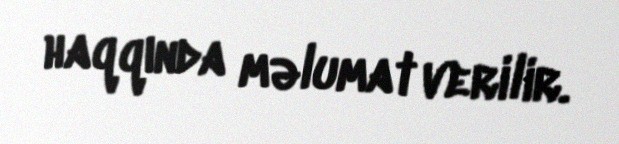
haqqında məlumat verilir.